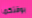
بوقتكما